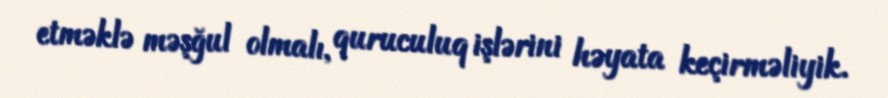
etməklə məşğul olmalı, quruculuq işlərini həyata keçirməliyik.